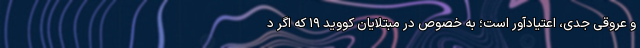
و عروقی جدی، اعتیادآور است؛ به خصوص در مبتلایان کووید ۱۹ که اگر د